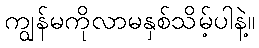
ကျွန်မကိုလာမနှစ်သိမ့်ပါနဲ့။